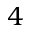
4